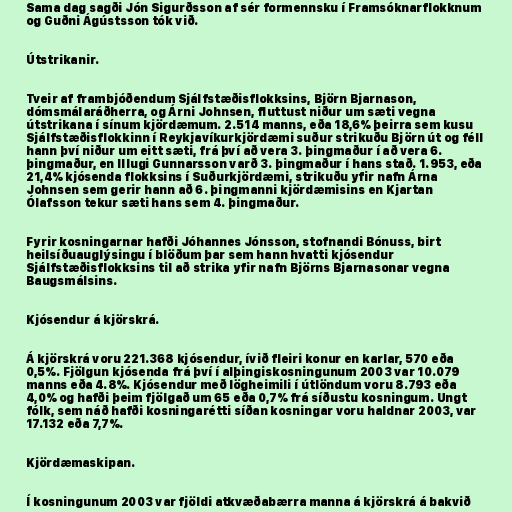
Sama dag sagði Jón Sigurðsson af sér formennsku í Framsóknarflokknum
og Guðni Ágústsson tók við.

Útstrikanir.

Tveir af frambjóðendum Sjálfstæðisflokksins, Björn Bjarnason,
dómsmálaráðherra, og Árni Johnsen, fluttust niður um sæti vegna
útstrikana í sínum kjördæmum. 2.514 manns, eða 18,6% þeirra sem kusu
Sjálfstæðisflokkinn í Reykjavíkurkjördæmi suður strikuðu Björn út og féll
hann því niður um eitt sæti, frá því að vera 3. þingmaður í að vera 6.
þingmaður, en Illugi Gunnarsson varð 3. þingmaður í hans stað. 1.953, eða
21,4% kjósenda flokksins í Suðurkjördæmi, strikuðu yfir nafn Árna
Johnsen sem gerir hann að 6. þingmanni kjördæmisins en Kjartan
Ólafsson tekur sæti hans sem 4. þingmaður.

Fyrir kosningarnar hafði Jóhannes Jónsson, stofnandi Bónuss, birt
heilsíðuauglýsingu í blöðum þar sem hann hvatti kjósendur
Sjálfstæðisflokksins til að strika yfir nafn Björns Bjarnasonar vegna
Baugsmálsins.

Kjósendur á kjörskrá.

Á kjörskrá voru 221.368 kjósendur, ívið fleiri konur en karlar, 570 eða
0,5%. Fjölgun kjósenda frá því í alþingiskosningunum 2003 var 10.079
manns eða 4.8%. Kjósendur með lögheimili í útlöndum voru 8.793 eða
4,0% og hafði þeim fjölgað um 65 eða 0,7% frá síðustu kosningum. Ungt
fólk, sem náð hafði kosningarétti síðan kosningar voru haldnar 2003, var
17.132 eða 7,7%.

Kjördæmaskipan.

Í kosningunum 2003 var fjöldi atkvæðabærra manna á kjörskrá á bakvið